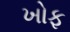
ખોફ